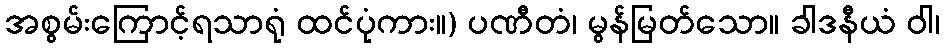
အစွမ်းကြောင့်ရသာရုံ ထင်ပုံကား။) ပဏီတံ၊ မွန်မြတ်သော။ ခါဒနီယံ ဝါ၊